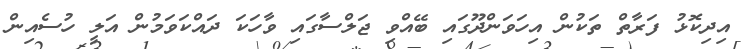
އިދިކޮޅު ފަރާތް ތަކުން އިހަވަންދޫގައި ބޭއްވި ޖަލްސާގައި ވާހަކަ ދައްކަވަމުން އަލީ ހުސެއިން